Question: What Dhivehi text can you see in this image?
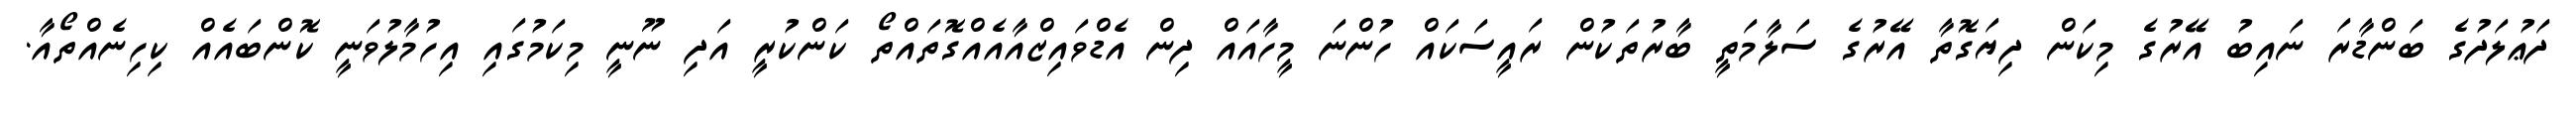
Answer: ދަޢުލަދުގެ ބަންޑާރަ ނައިބު އޭރުގެ މިކަން ދިޔަގޮތާ އޭރުގެ ސަލާމަތީ ބާރުތަކުން ރައީސަކައް ހުންނަ މީހާއައް ދިން އެޑްވައިޒްއާއެއްގޮތައްތޯ ކަންކުރީ އަދި ނޫނީ މިކަމުގައި އިހުމާލުވަނީ ކޮންބައެއް ކިހިނެއްތޯއާ.